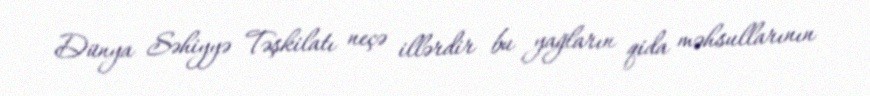
Dünya Səhiyyə Təşkilatı neçə illərdir bu yağların qida məhsullarının